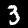
Digit: 3